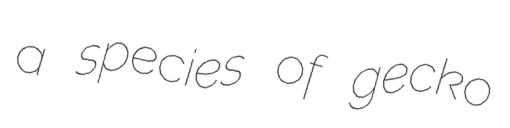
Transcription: a species of gecko